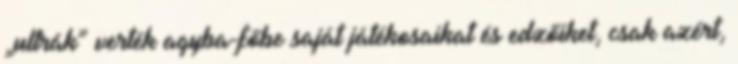
„ultrák” verték agyba-főbe saját játékosaikat és edzőiket, csak azért,